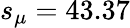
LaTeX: s_{\mu}=43.37